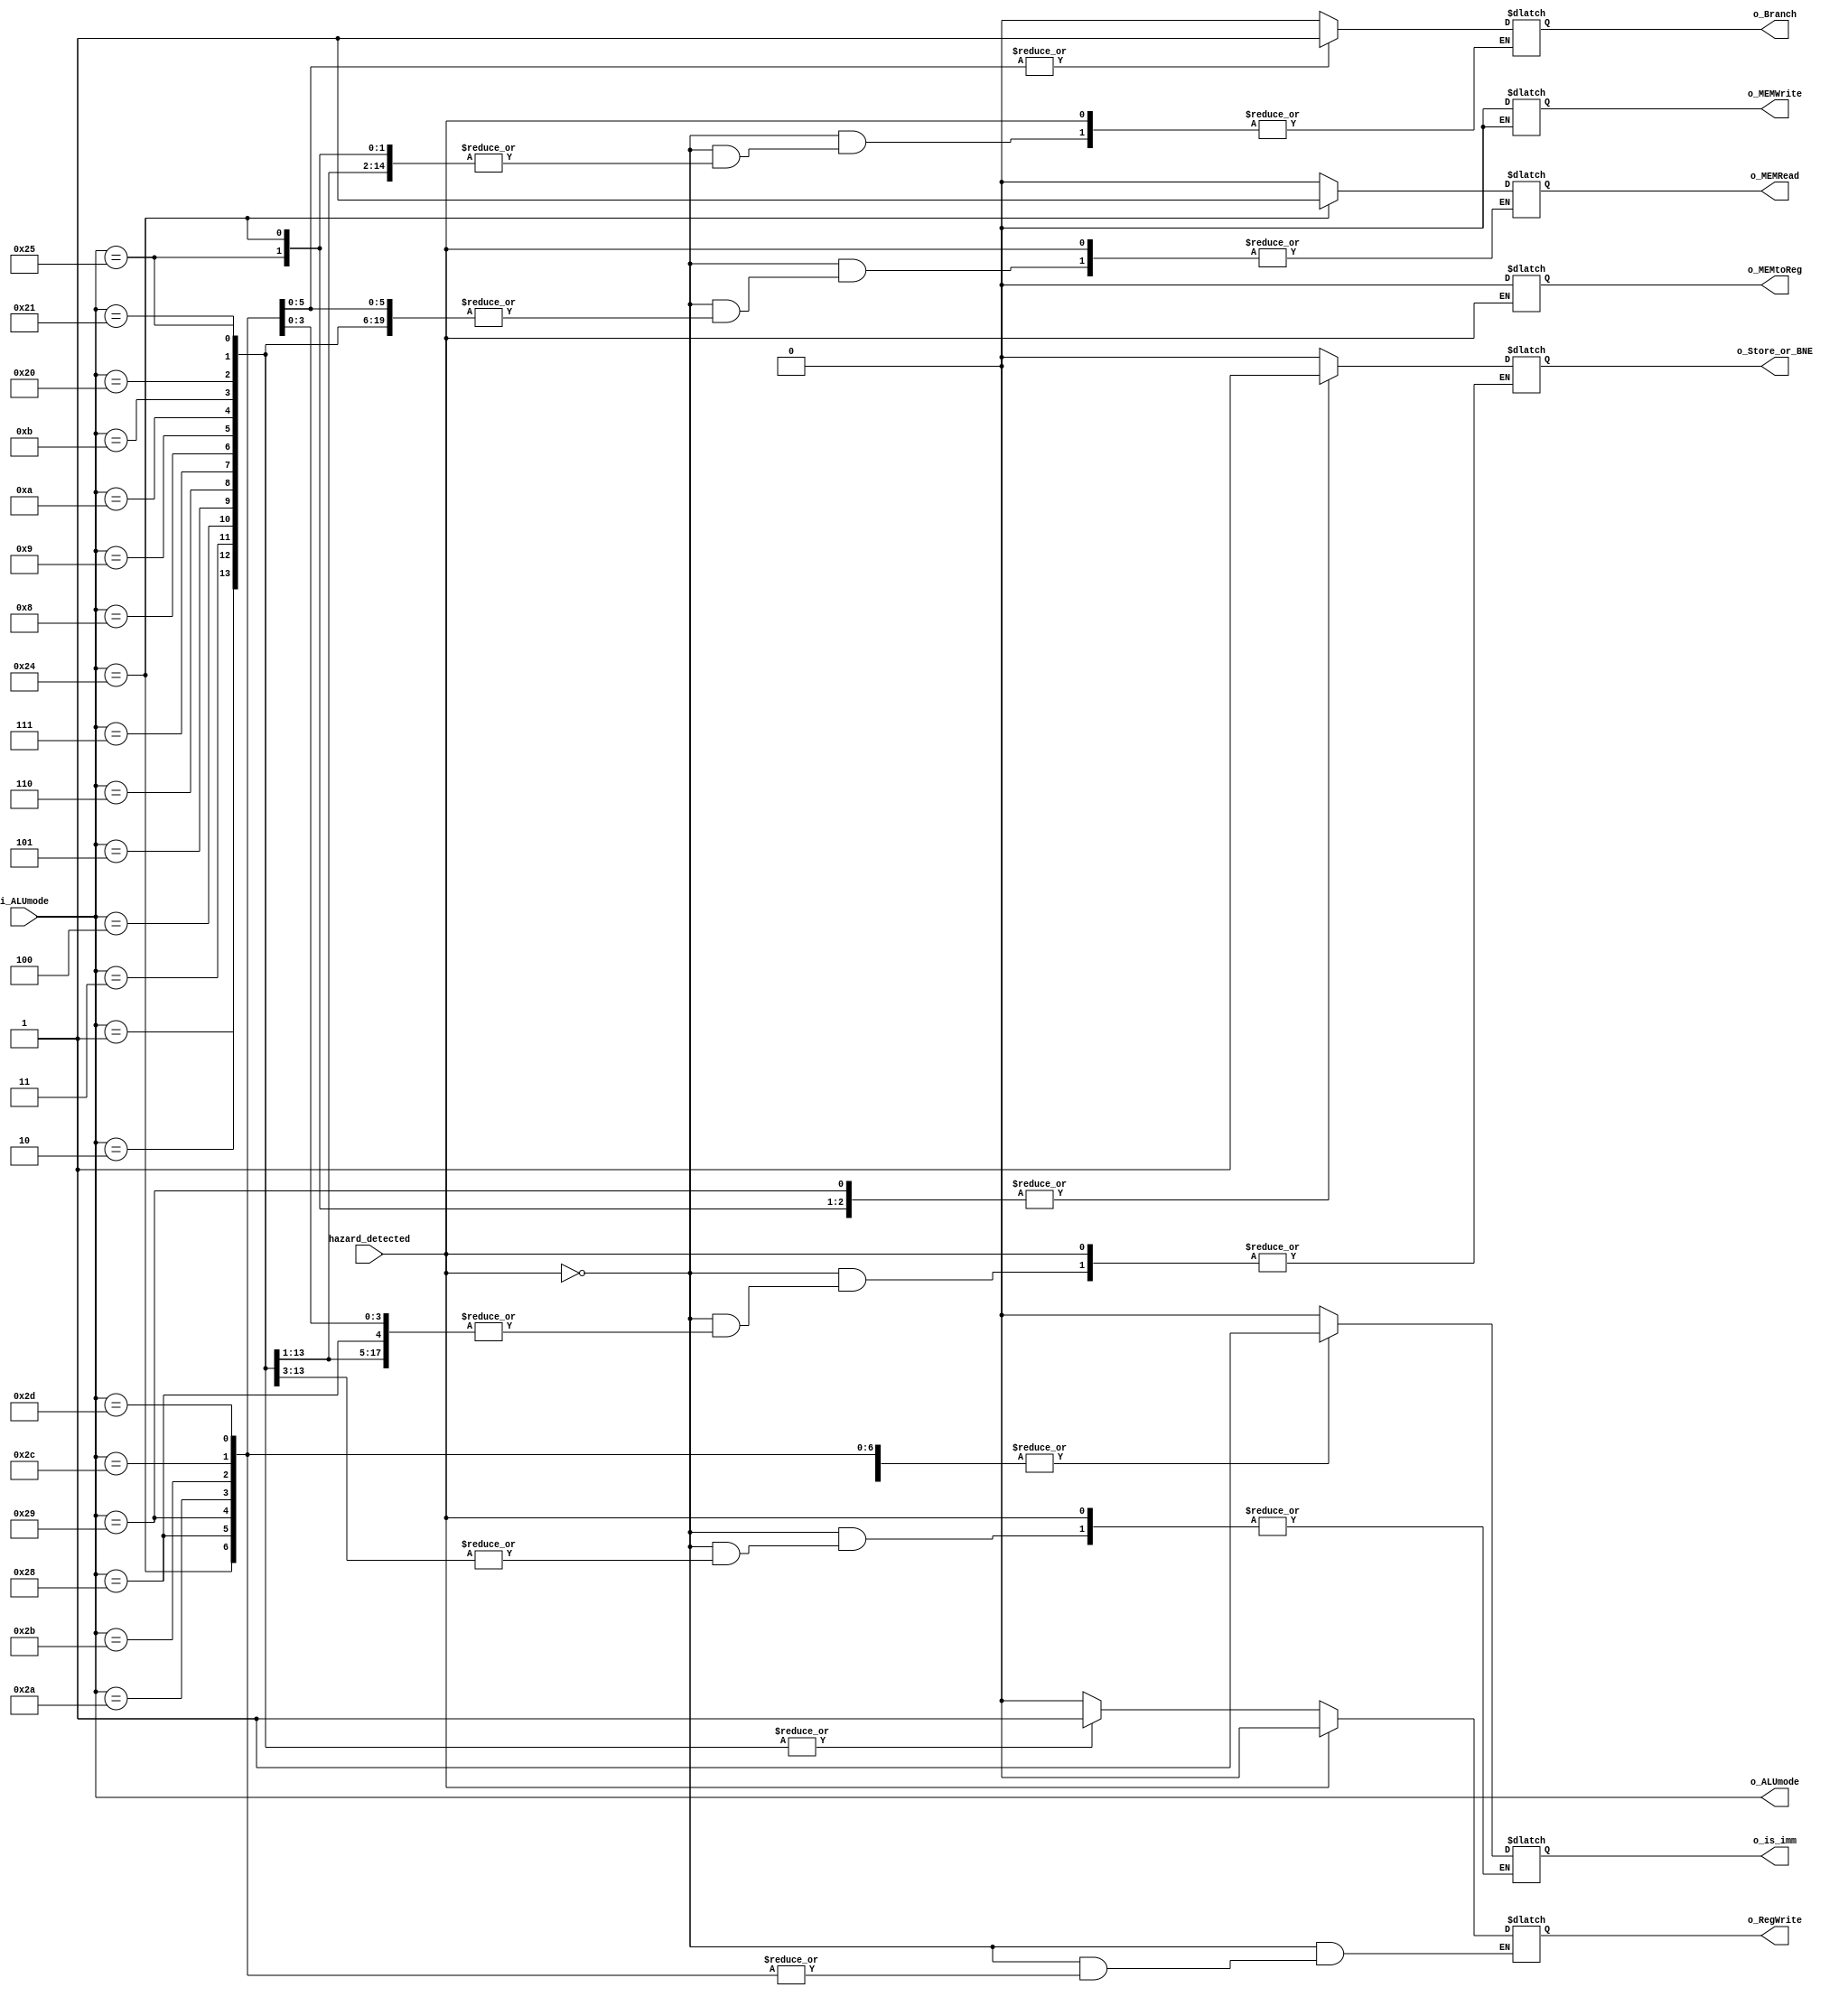
module CONTROL_UNIT(
    input hazard_detected,
    input [5:0] i_ALUmode,
    output reg [5:0] o_ALUmode,
    output reg o_RegWrite, o_MEMtoReg, o_MEMWrite,
    output reg o_MEMRead, o_Branch, o_is_imm, o_Store_or_BNE
);

always @(*) begin
    if(hazard_detected == 0) begin
        o_RegWrite <= 0;
        o_MEMtoReg <= 0;
        o_MEMWrite <= 0;
        o_MEMRead <= 0;
        o_Branch <= 0;
        o_is_imm <= 0;
        o_Store_or_BNE <= 0;
        case(i_ALUmode)
        6'b000001: o_RegWrite = 1; //ADD
        6'b000010: o_RegWrite = 1; //SUB
        6'b000011: o_RegWrite = 1; //MUL
        6'b000100: o_RegWrite = 1; //SEL
        6'b000101: o_RegWrite = 1; //AND
        6'b000110: o_RegWrite = 1; //OR
        6'b000111: o_RegWrite = 1; //XOR
        6'b001000: o_RegWrite = 1; //SLA
        6'b001001: o_RegWrite = 1; //SLL
        6'b001010: o_RegWrite = 1; //SRA
        6'b001011: o_RegWrite = 1; //SRL
        6'b100000: begin //ADDI
            o_RegWrite = 1;
            o_is_imm = 1;
        end
        6'b100001: begin //SUBI
            o_RegWrite = 1;
            o_is_imm = 1;
        end
        6'b100100: begin //LD
            o_is_imm = 1;
            o_Store_or_BNE = 1;
            o_MEMRead = 1;
        end
        6'b100101: begin //ST
            o_RegWrite = 1;
            o_is_imm = 1;
            o_Store_or_BNE = 1;
        end
        6'b101000: begin //BEZ
            o_is_imm = 1;
            o_Branch = 1;
        end
        6'b101001: begin //BNE
            o_is_imm = 1;
            o_Branch = 1;
            o_Store_or_BNE = 1;
        end
        6'b101010: begin //BEC
            o_is_imm = 1;
            o_Branch = 1;
        end
        6'b101011: begin //BEO
            o_is_imm = 1;
            o_Branch = 1;
        end
        6'b101100: begin //BES
            o_is_imm = 1;
            o_Branch = 1;
        end
        'b101101: begin //JMP
            o_is_imm = 1;
            o_Branch = 1;
        end
        default: begin
            o_RegWrite <= 0;
            o_MEMtoReg <= 0;
            o_MEMWrite <= 0;
            o_MEMRead <= 0;
            o_Branch <= 0;
            o_is_imm <= 0;
            o_Store_or_BNE <= 0;
        end
        endcase
    end
    else if(hazard_detected == 1) begin
        o_RegWrite <= 0;
        o_MEMWrite <= 0;
    end
end

assign o_ALUmode = i_ALUmode;

endmodule